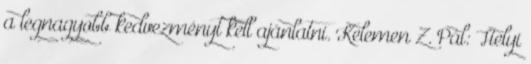
a legnagyobb kedvezményt kell ajánlatni. Kelemen Z. Pál: Helyi